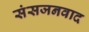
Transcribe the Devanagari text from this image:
संसजनवाद